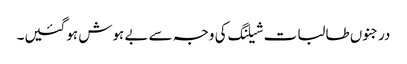
درجنوں طالبات شیلنگ کی وجہ سے بے ہوش ہوگئیں۔